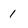
Character: 1